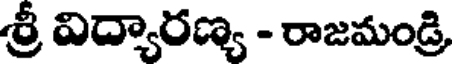
శ్రీ విద్యారణ్య - రాజమండ్రి,